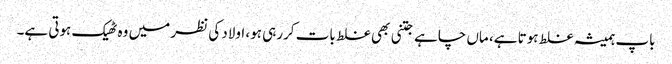
باپ ہمیشہ غلط ہوتا ہے، ماں چاہے جتنی بھی غلط بات کررہی ہو، اولاد کی نظر میں وہ ٹھیک ہوتی ہے۔